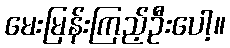
မေးမြန်းကြည့်ဦးပေါ့။